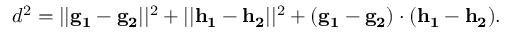
d ^ { 2 } = | | \mathbf { g _ { 1 } } - \mathbf { g _ { 2 } } | | ^ { 2 } + | | \mathbf { h _ { 1 } } - \mathbf { h _ { 2 } } | | ^ { 2 } + ( \mathbf { g _ { 1 } } - \mathbf { g _ { 2 } } ) \cdot ( \mathbf { h _ { 1 } } - \mathbf { h _ { 2 } } ) .